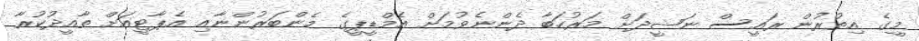
މީގެ އިތުރުން ރައީސް ނަޝީދަށް މަރުހަބާ ދެންނެވުމަށް އެމްޑީޕީގެ މެންބަރުންނާއި އެޕާޓީއަށް ތާއީދުކުރާ